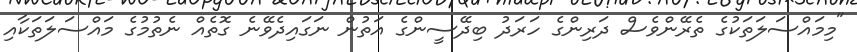
"މިމައްސަލަތަކުގެ ތެރޭންވެސް ދަރިންގެ ހަރަދު ބިދޭސީންގެ އަތުން ނަގައިދެވޭނެ ގޮތެއް ނެތުމުގެ މައްސަލަތަކާއި